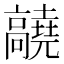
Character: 𬴝